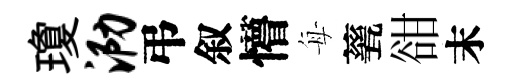
瓊泐弔叙懵每甆𧮳末